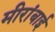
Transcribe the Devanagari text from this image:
मीरांबाई